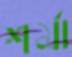
শর্মা